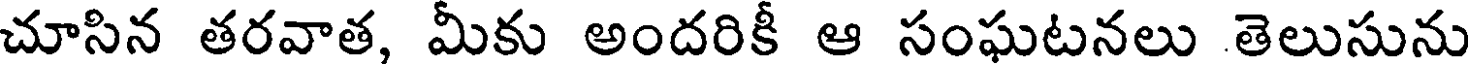
చూసిన తరవాత, మీకు అందరికీ ఆ సంఘటనలు తెలుసును